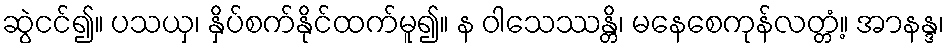
ဆွဲငင်၍။ ပသယှ၊ နှိပ်စက်နိုင်ထက်မူ၍။ န ဝါသေဿန္တိ၊ မနေစေကုန်လတ္တံ့။ အာနန္ဒ၊